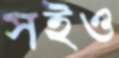
সইও